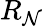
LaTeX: R_{\mathcal{N}}